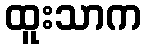
ထူးသာက